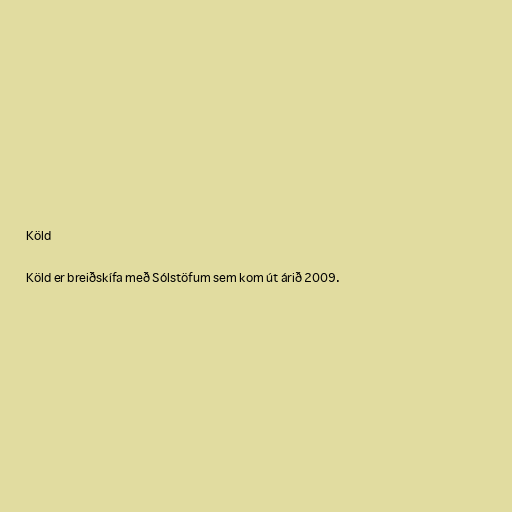
Köld

Köld er breiðskífa með Sólstöfum sem kom út árið 2009.